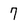
Character: 7